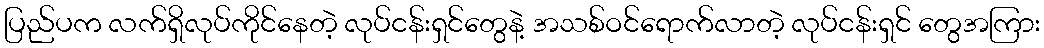
ပြည်ပက လက်ရှိလုပ်ကိုင်နေတဲ့ လုပ်ငန်းရှင်တွေနဲ့ အသစ်ဝင်ရောက်လာတဲ့ လုပ်ငန်းရှင် တွေအကြား